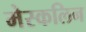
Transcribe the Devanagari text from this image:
मेस्कलिन